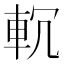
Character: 𨊶